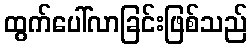
ထွက်ပေါ်လာခြင်းဖြစ်သည်